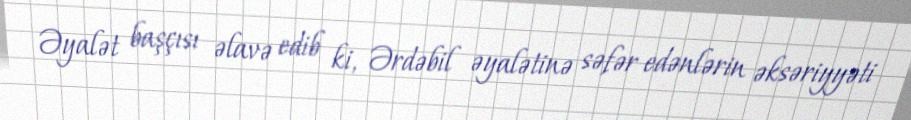
Əyalət başçısı əlavə edib ki, Ərdəbil əyalətinə səfər edənlərin əksəriyyəti